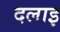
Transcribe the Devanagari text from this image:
दलाइ